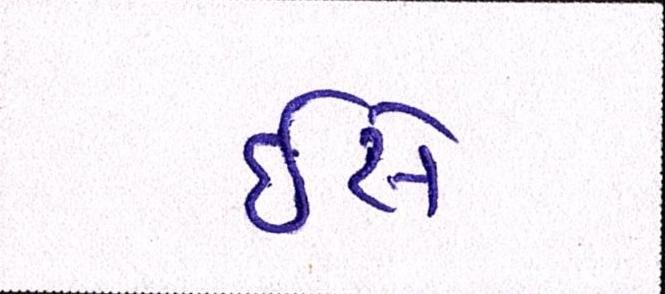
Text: ઇસે